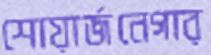
শোয়ার্জনেগার